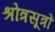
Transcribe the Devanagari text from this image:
श्रोत्रसूत्रों